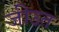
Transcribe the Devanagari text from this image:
जीउत